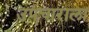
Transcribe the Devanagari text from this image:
उपचाराला